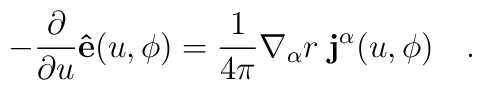
-\frac{\partial}{\partial u}{\bf{\hat e}}(u,\phi)=\frac{1}{4\pi}\nabla_{\alpha}r\;{\bf j^{\alpha}}(u,\phi)\quad .